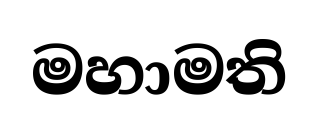
මහාමති